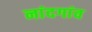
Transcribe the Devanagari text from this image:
नांदगांव